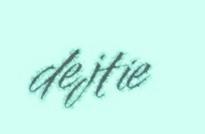
dejtie